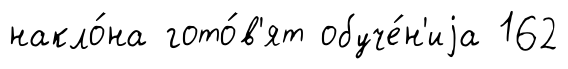
накло́на гото́в'ят обуче́н'иjа 162